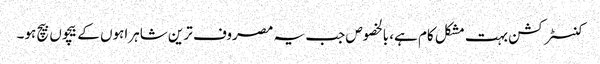
کنسٹرکشن بہت مشکل کام ہے، بالخصوص جب یہ مصروف ترین شاہراہوں کے بیچوں بیچ ہو۔